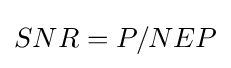
SNR=P/NEP